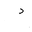
Letter: _dal